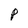
Character: p